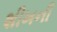
શીખની